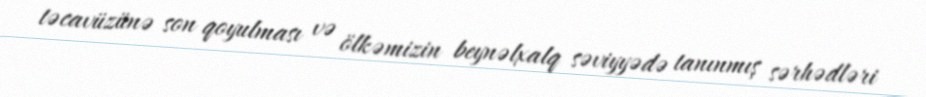
təcavüzünə son qoyulması və ölkəmizin beynəlxalq səviyyədə tanınmış sərhədləri